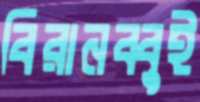
বিরানব্বুই